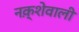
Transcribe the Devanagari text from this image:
नक़्शेवाली